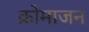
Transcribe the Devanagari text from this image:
क्रोमाजन